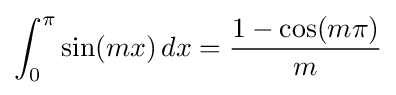
\int _{0}^{\pi }\sin(mx)\,dx={\frac {1-\cos(m\pi )}{m}}